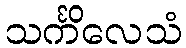
သင်္ကိလေသံ